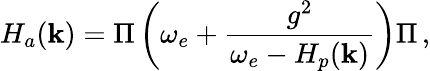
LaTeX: H_{a}(\textbf{k})=\Pi\left(\omega_{e}+\frac{g^{2}}{\omega_{e}-H_{p}(\textbf{k})}\right)\Pi\, ,